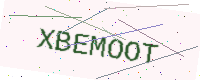
Text: XBEMOOT